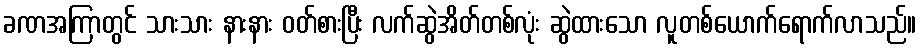
ခဏအကြာတွင် သားသား နားနား ဝတ်စားပြီး လက်ဆွဲအိတ်တစ်လုံး ဆွဲထားသော လူတစ်ယောက်ရောက်လာသည်။